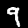
Label: 9